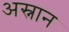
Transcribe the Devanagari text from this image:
अस्नान